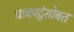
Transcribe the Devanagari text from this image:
धावपटूंसोबत